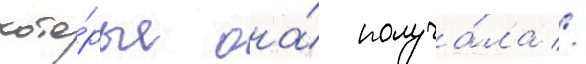
кото́рые она́ получа́ла //